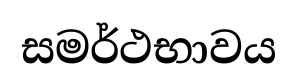
සමර්ථභාවය